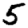
Digit: 5